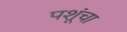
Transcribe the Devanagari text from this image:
पशूंचा